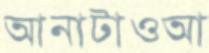
আনাটাওআ